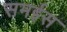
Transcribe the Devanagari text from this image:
समईस